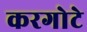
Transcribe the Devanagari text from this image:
करगोटे